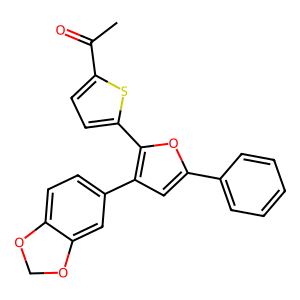
SMILES: CC(=O)c1ccc(-c2oc(-c3ccccc3)cc2-c2ccc3c(c2)OCO3)s1
Inhibits HIV replication: No